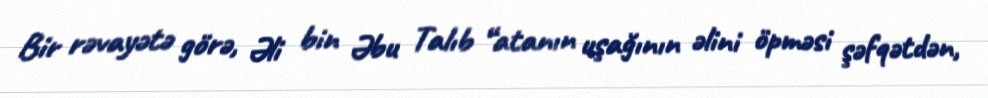
Bir rəvayətə görə, Əli bin Əbu Talıb “atanın uşağının əlini öpməsi şəfqətdən,